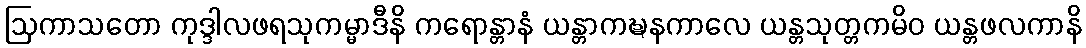
ဩကာသတော ကုဒ္ဒါလဖရသုကမ္မာဒီနိ ကရောန္တာနံ ယန္တာကဍ္ဎနကာလေ ယန္တသုတ္တကမိဝ ယန္တဖလကာနိ